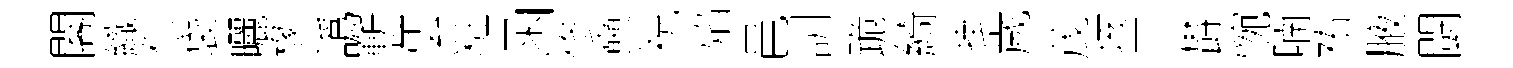
閣織傴袋曬椽譌慙雲粧函修奭祝焰邑訓跪綺掛歲茂垓三欎惋喃祐腋闘